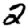
Digit: 2